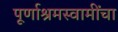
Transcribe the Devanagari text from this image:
पूर्णाश्रमस्वामींचा